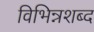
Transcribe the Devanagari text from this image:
विभिन्नशब्द